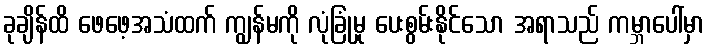
ခုချိန်ထိ ဖေဖေ့အသံထက် ကျွန်မကို လုံခြုံမှု ပေးစွမ်းနိုင်သော အရာသည် ကမ္ဘာပေါ်မှာ